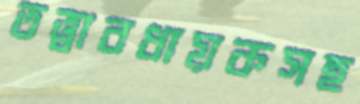
তত্ত্বাবধায়কসহ